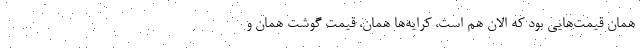
همان قیمت‌هایی بود که الان هم است، کرایه‌ها همان، قیمت گوشت همان و